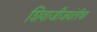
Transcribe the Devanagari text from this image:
शिवाजीजयंतीचा